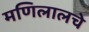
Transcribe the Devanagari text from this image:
मणिलालचे